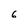
Character: 6